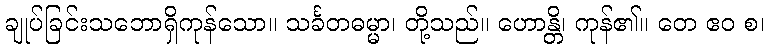
ချုပ်ခြင်းသဘောရှိကုန်သော။ သင်္ခတဓမ္မာ၊ တို့သည်။ ဟောန္တိ၊ ကုန်၏။ တေ ဧဝ စ၊